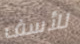
للأسف